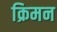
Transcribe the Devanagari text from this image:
क्रिमन